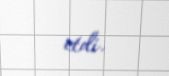
etdi.